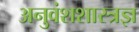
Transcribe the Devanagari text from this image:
अनुवंशशास्त्रज्ञ